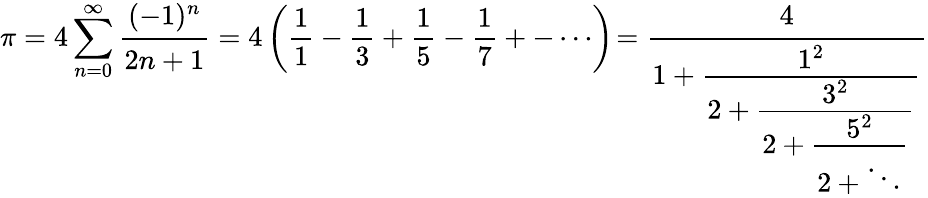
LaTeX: \pi=4\sum_{n=0}^{\infty}{\cfrac{(-1)^{n}}{2n+1}}=4\left({\frac{1}{1}}-{\frac{1}{3}}+{\frac{1}{5}}-{\frac{1}{7}}+-\cdots\right)\! ={\cfrac{4}{1+{\cfrac{1^{2}}{2+{\cfrac{3^{2}}{2+{\cfrac{5^{2}}{2+\ddots}}}}}}}}